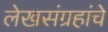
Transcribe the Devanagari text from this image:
लेखसंग्रहांचे